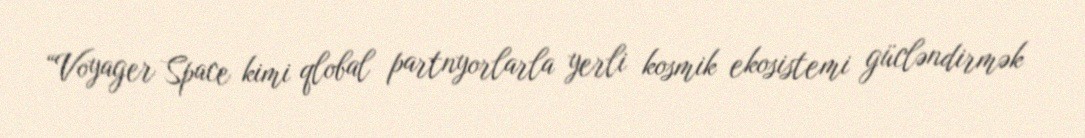
“Voyager Space kimi qlobal partnyorlarla yerli kosmik ekosistemi gücləndirmək